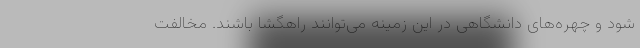
شود و چهره‌های دانشگاهی در این زمینه می‌توانند راهگشا باشند. مخالفت